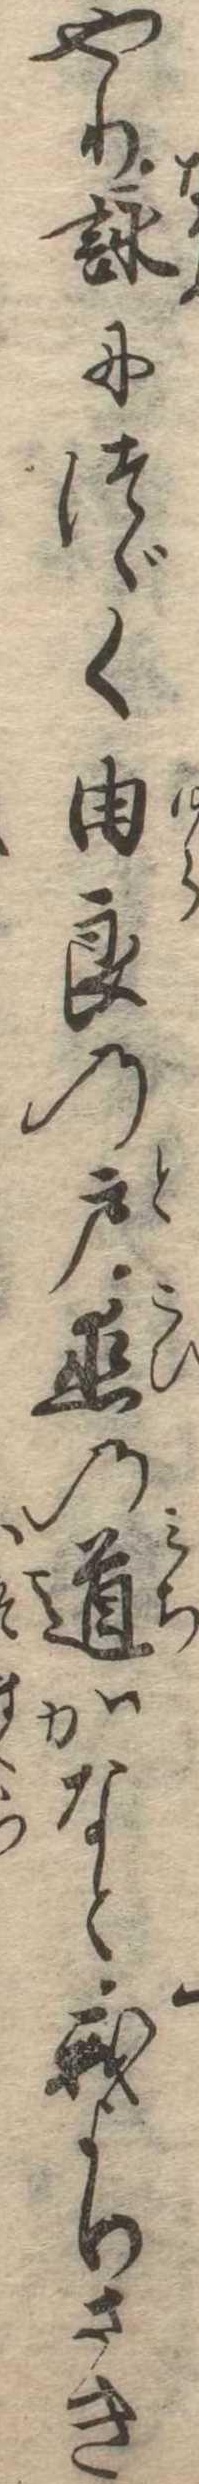
やり詠につゞく由良の戸恋の道かなと我よりさき